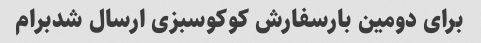
برای دومین بارسفارش کوکوسبزی ارسال شدبرام